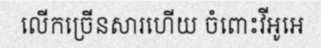
លើកច្រើនសារហើយ ចំពោះវីអូអេ